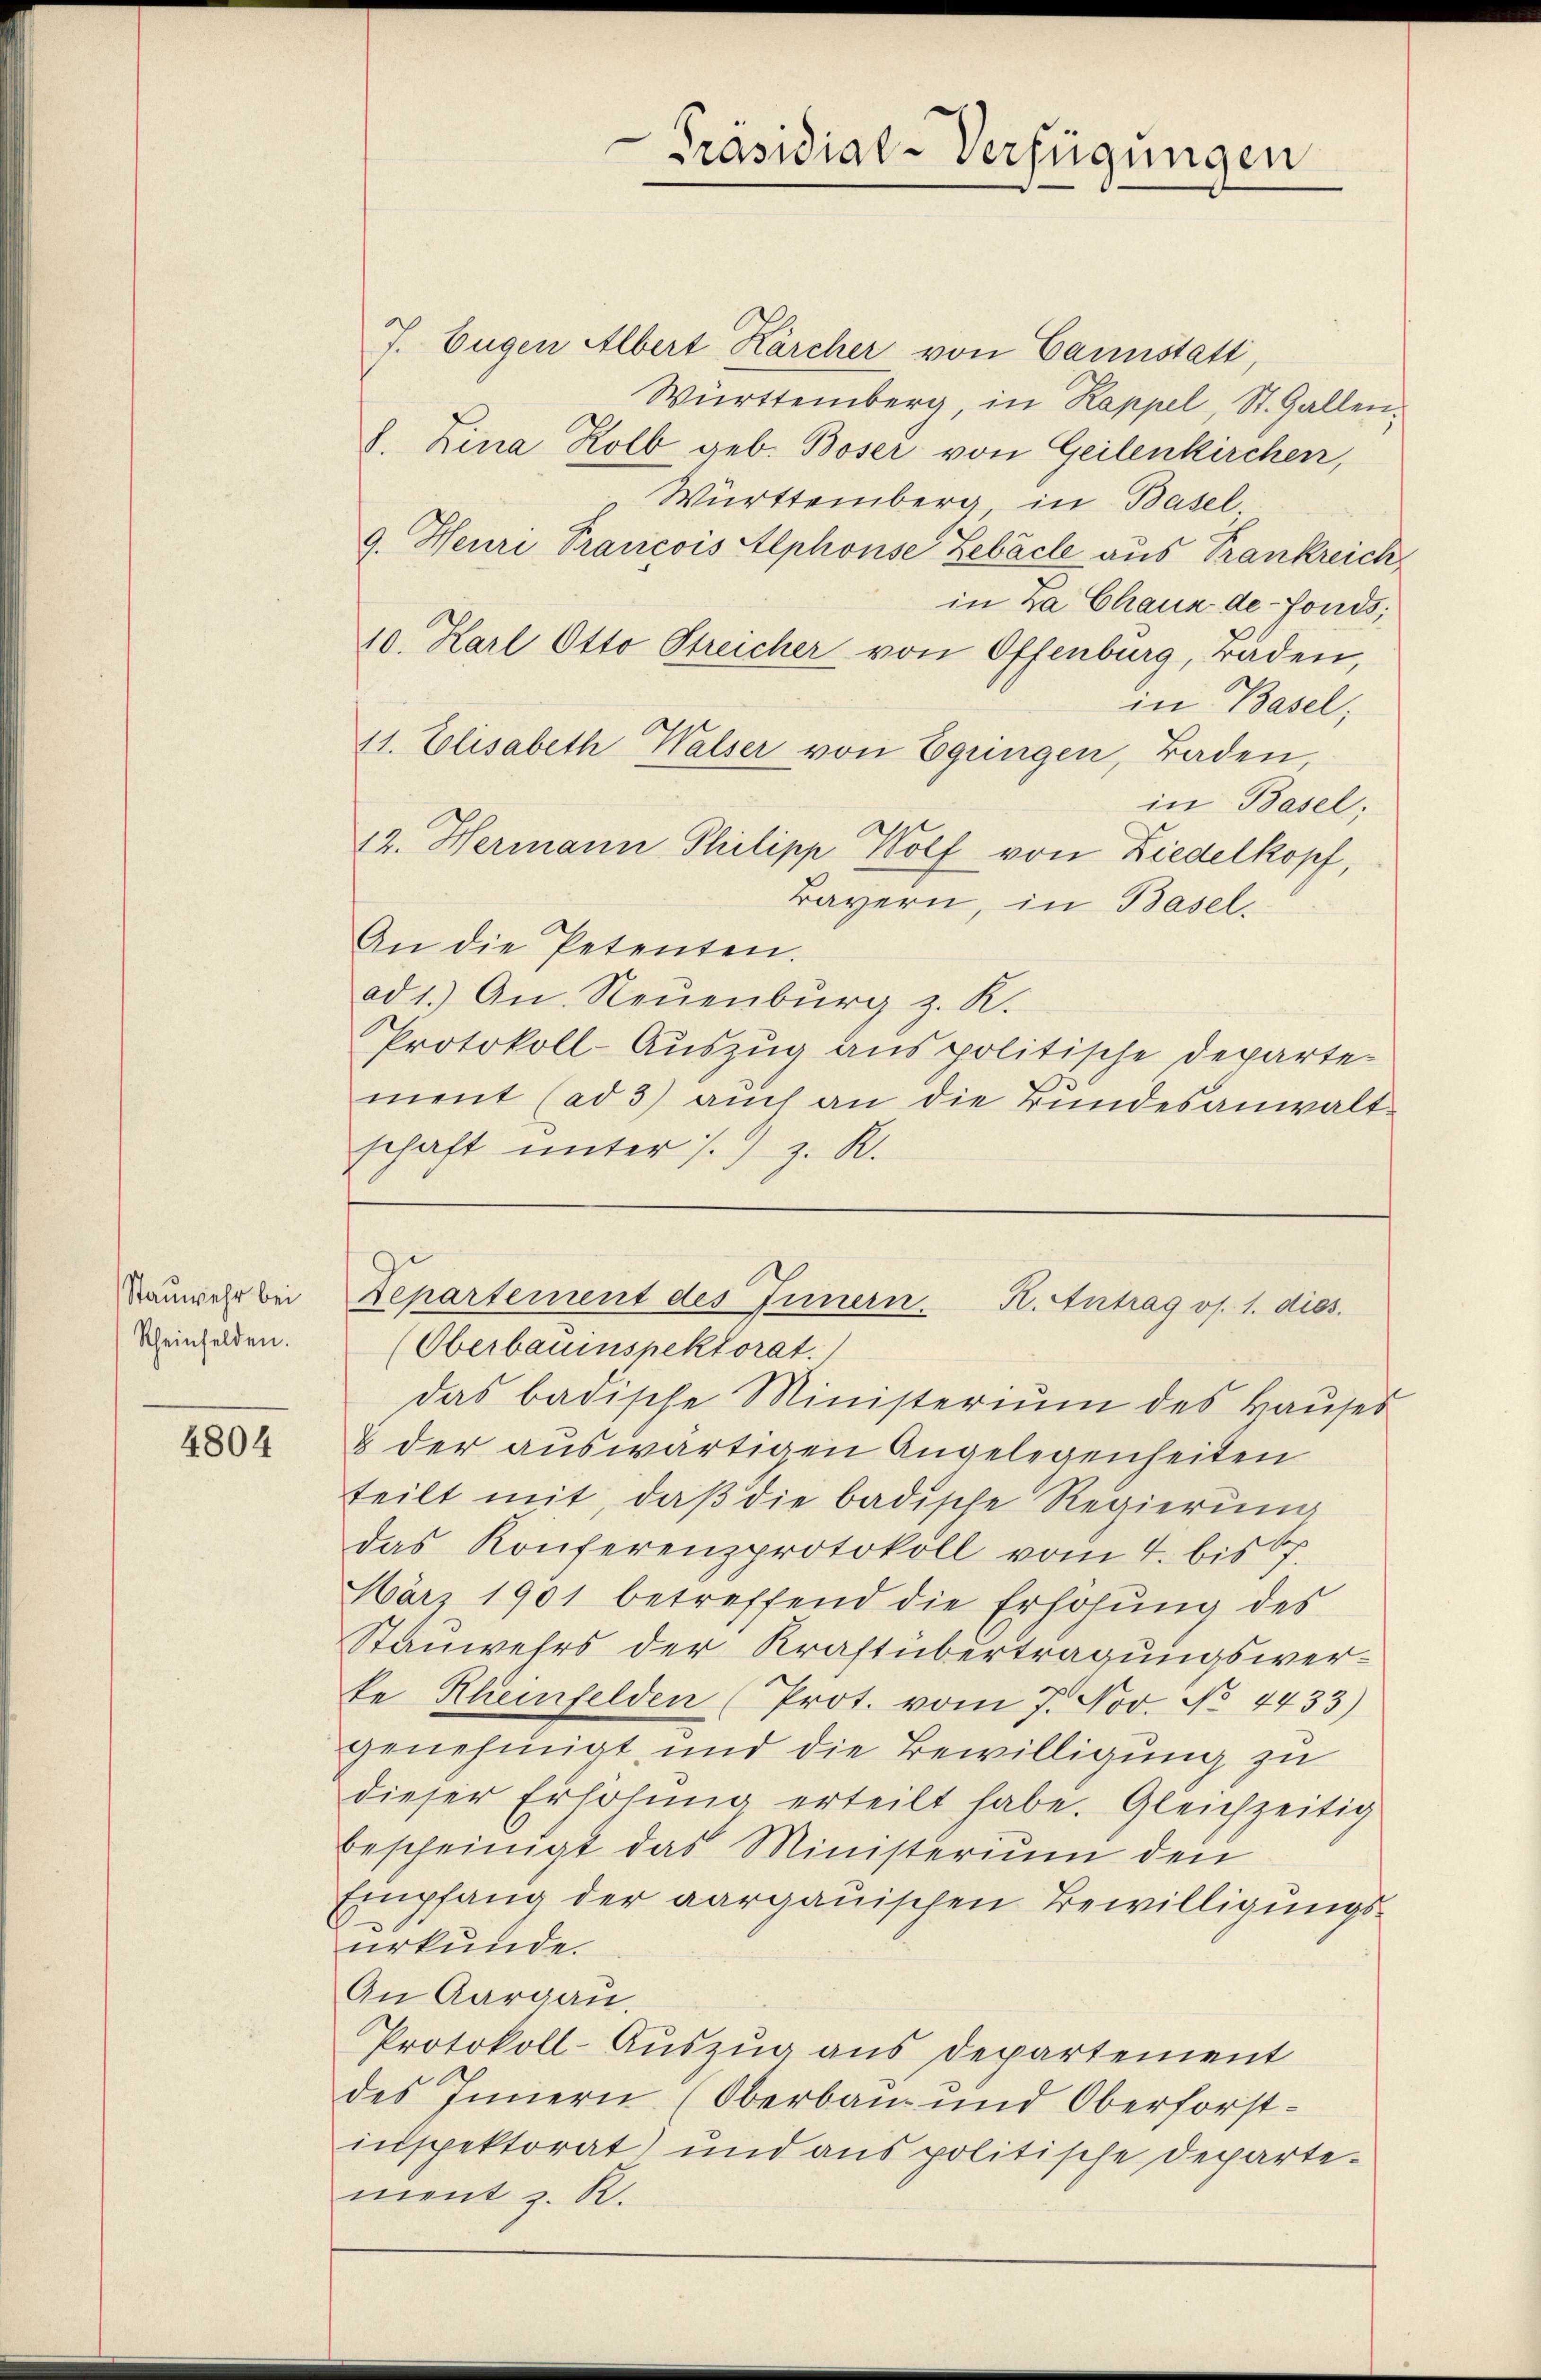
Stauwehr bei
Rheinfelden.

4804

Präsidial-Verfügungen

7. Eugen Albert Kärcher von Cannstatt
Württemberg, in Kappel, St. Gallen,
d. Lina Kolb geb. Boser von Geilenkirchen,
Württemberg in Basel
9. Heuri Trancois Alphonse Lebäche aus Trankreich,
in Za Chaux de-Fonds;
10. Karl Otto Streicher von Offenburg, raden,
in Basel,
11. Elisabeth Walser von Eglingen, Baden,
in Basel;
12. Hermann Philipp Wolf von Liedelkopf,
Bayern, in Basel.
An die Petenten.
ad 1.) An Neuenburg z. K.
Protokoll-Auszug aus politische Departe
ment (ad 5) auch an die Bundesanwaltschaft unter s. z. R.

(Oberbauinspektorat.
das badische Ministerium des Haŭses
& der auswärtigen Angelegenheiten
teilt mit, daß die badische Regierung
das Konferenzprotokoll vom 4. bis 67.
März 1901 betreffend die Erhöhŭng des
Stauwehrs der Kraftübertragungswerfe Rheinfelden (Prot. vom 7. Nov. No. 4433)
genehmigt und die Bewilligung zu
dieser Erhöhŭng erteilt habe. Gleichzeitig
bescheinigt das Ministerium den
Empfang der aargauischen Bewilligungsurkunde.
An Aargau.
Protokoll-Auszug aus Departement
des Innern (Oberbau- und Oberforst-
inspektorat) und aus politische Departement z. R.

Departement des Innern. K. Antrag os. 1. dies